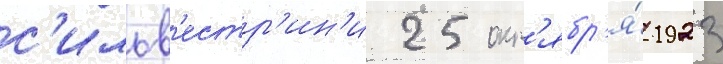
с'ильв'естр'ин'и 25 окт'ябр'я́ 1923